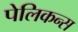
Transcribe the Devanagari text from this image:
पेलिकन्स